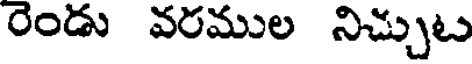
రెండు వరముల నిచ్చుట